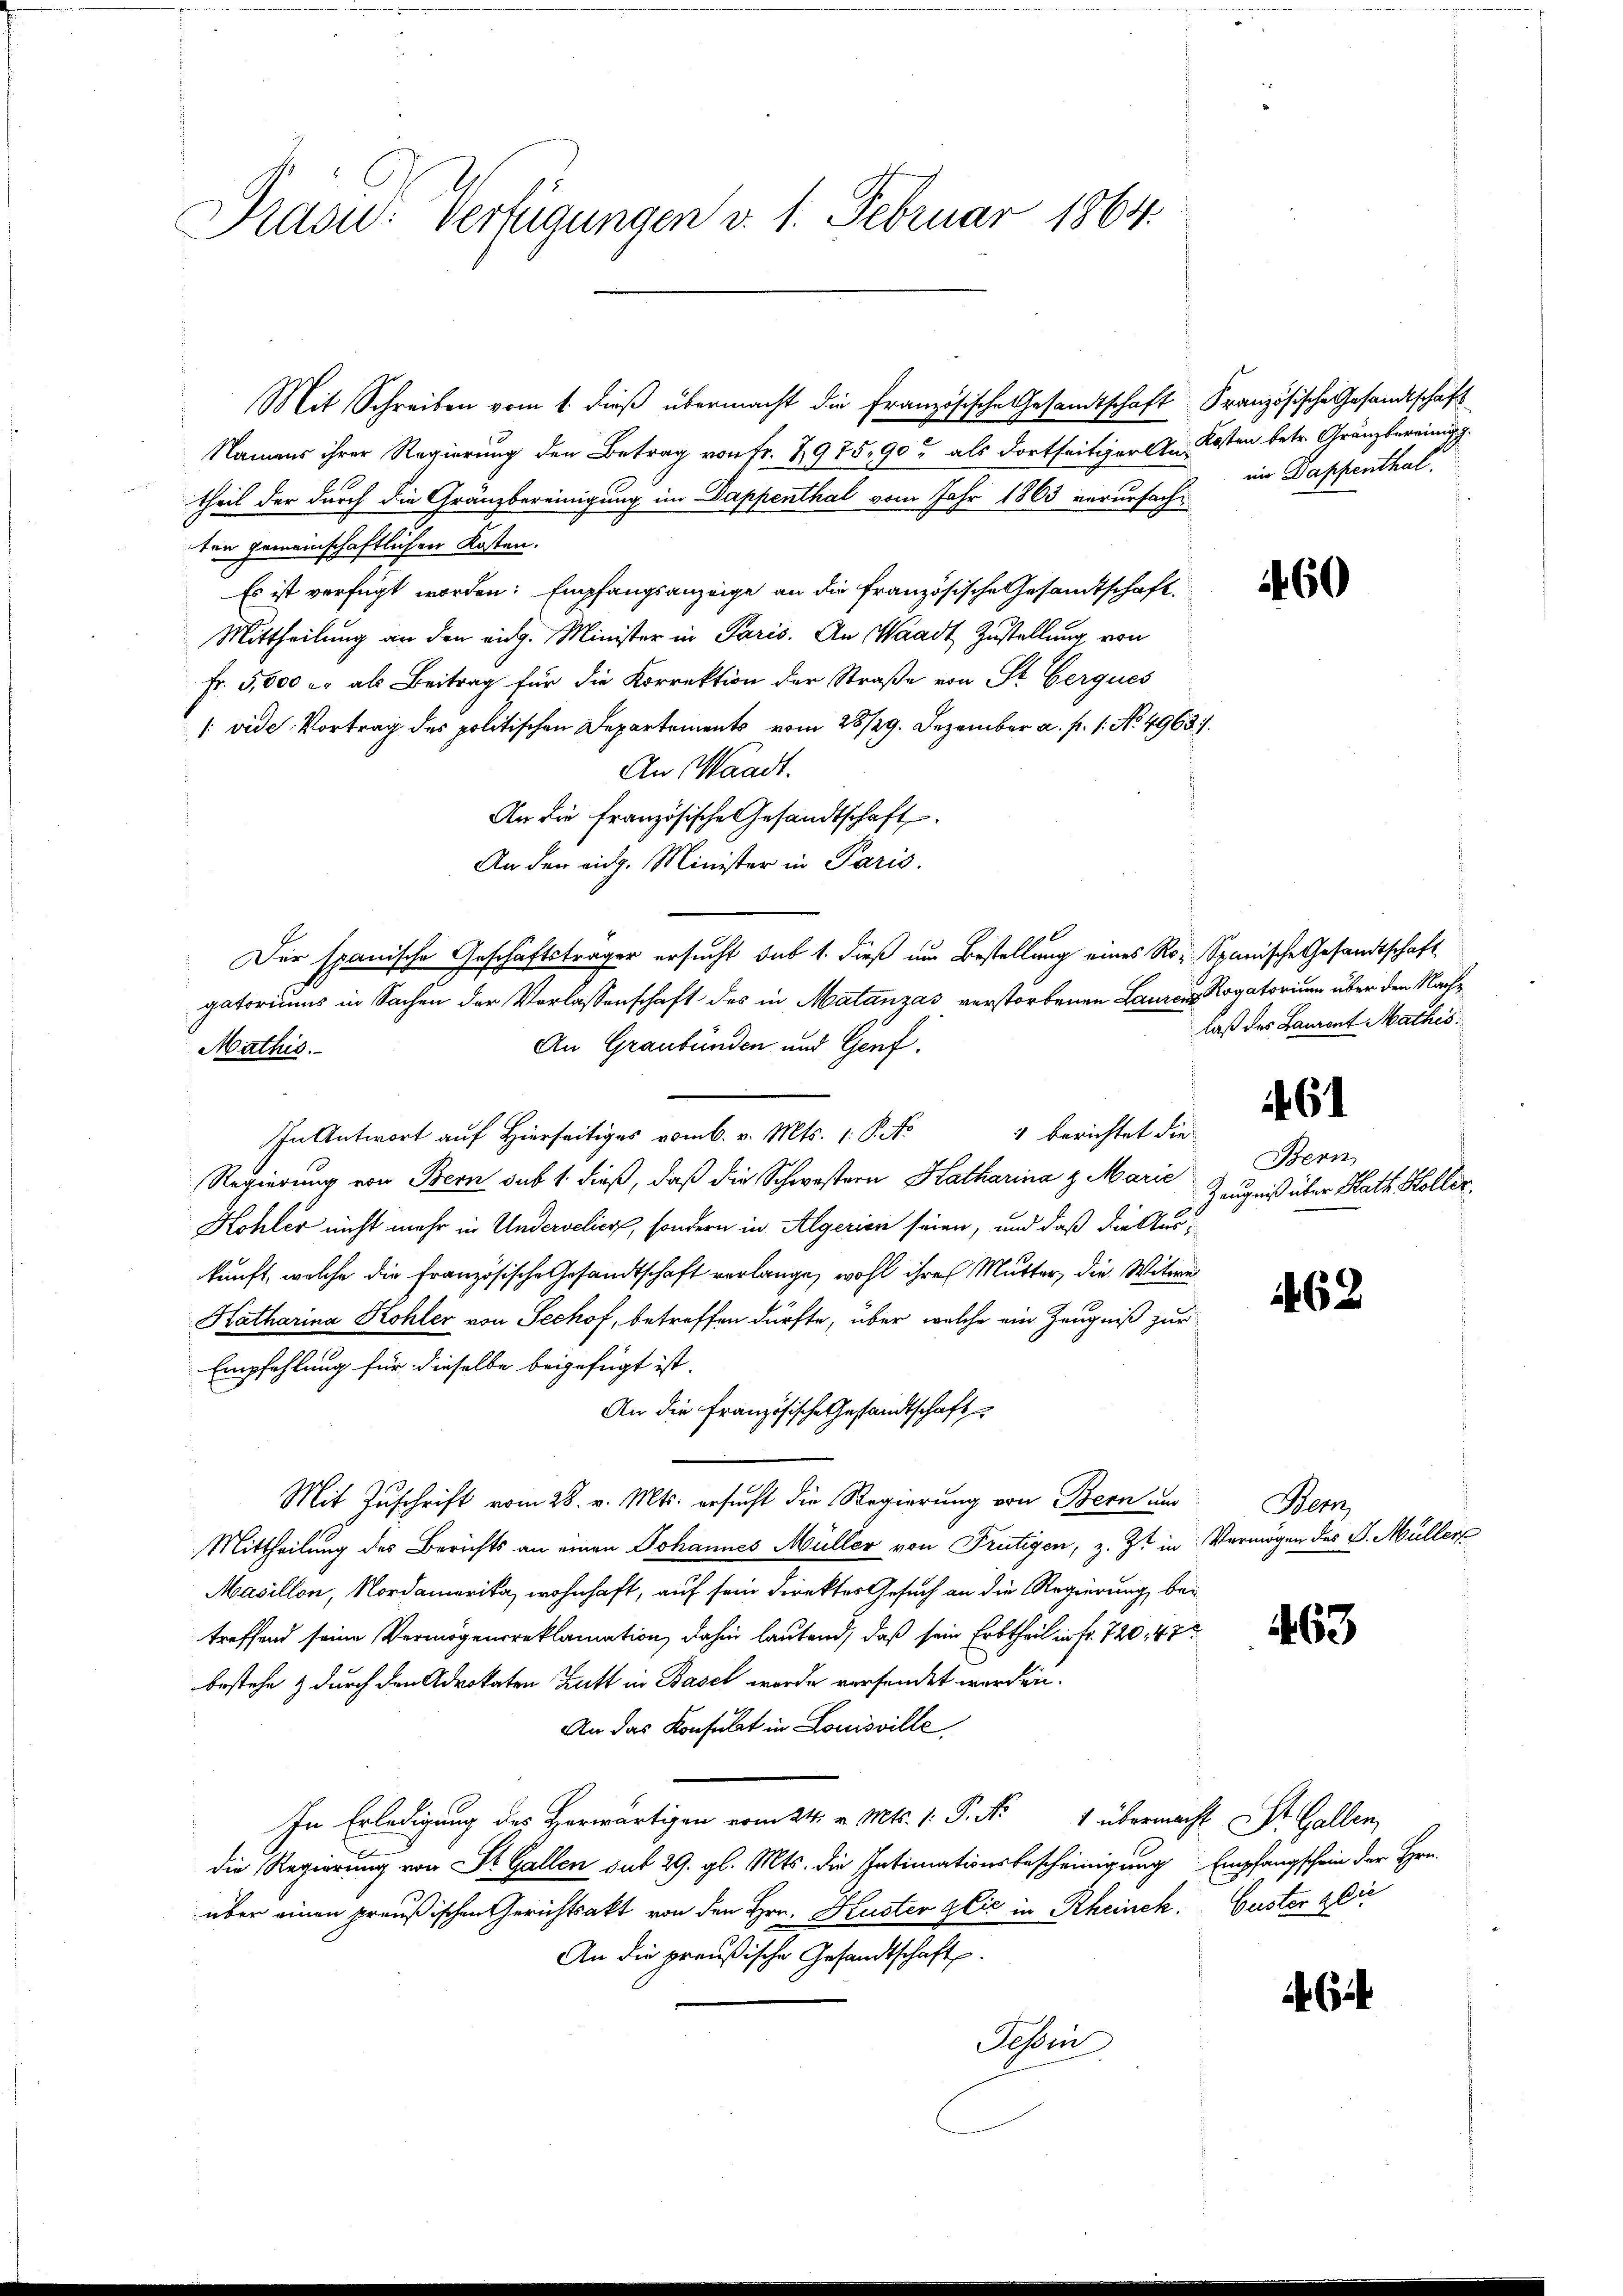
Präsid. Verfügungen d. 1. Februar 1864.

Mit Schreiben vom 1. dieß übermacht die französische Gesamtschaft Französische Gesandtschaft
Namens ihrer Regierung den Betrag von Fr. 2975,90 als dortseitiger An Kosten betr. Gränzbereinig
theil der durch die Gränzbereinigung im Dappenthal vom Jahr 1863 verursachten gemeinschaftlichen Kosten.
Es ist verfügt worden. Empfangsanzeige an die französische Gesandtschaft
Mittheilung an den eidg. Minister in Paris. An Waadt Zustellung von
Fr. 5,000 er als Beitrag für die Korrektion der Straße von St. Gerques
[ vide Vortrag des politischen Departements vom 28/29. Dezember a. p. 1. No. 4963.
An Waadt.
An die französische Gesandtschaft
An der eidg. Minister in Paris.
Der spanische Geschäftsträger ersucht sub 1. dieß um Bestellung eines Ro- Spanische Gesandtschaft
gatoriums in Sachen der Verlassenschaft des in Matanzas verstorbenen Lauren Rogatorium über den Nach¬
An Graubünden und Genf.
Mathis
1 berichtet die
In Antwort auf Hierseitiges vom 6. v. Mts. 1. P. No
Regierung von Bern sub 1. dieß, daß die Schwestern Katharina & Marie
Kohler nicht mehr in Underselier, sondern in Algerien seien, und daß die Auskunft, welche die Französische Gesandtschaft verlange, wohl ihre Mutter, die Witwe
Katharina Kohler von Sechof, betreffen dürfte, über welche ein Zeugniß zur
Empfehlung für dieselbe beigefügt ist.
An die französische Gesandtschaft
Mit Zuschrift vom 28. v. Mts. ersucht die Regierung von Bern und
Mittheilung des Berichts an einen Johannes Müller von Frutigen, z. Zt. in Vermögen des J. Müller
Masillon, Nordamerika, wohnhaft, auf sein Direktes Gesuch an die Regierung bei
treffend seine Vermögensreklamation, dahin lautend, daß sein Erbtheil in fr. 720, 47
bestehe & durch den Advokaten Zutt in Basel wurde versendet werden.
An das Konsulat in Louisville
In Erledigung des Herwärtigen vom 24. v. Mts. 1. P. Nr. 1 übermacht St. Gallen,
die Regierung von St. Gallen sub 29. gl. Mts. die Intimationsbescheinigung Empfangschein der Hrn.
über einen preußischen Gerichtsakt von den Hrn. Kuster glić in Rheinek Guster glie
An die preußische Gesandtschaft.
Tessin

ii Dappenthal.

460

laß des Laurent Mathis

Bern
Zeugniß über Hath Höller.

61

462

Her

463

6